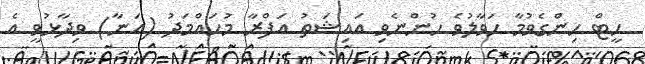
ހީޓް ހިންގެވުމާ ހަވާލުވެ ހުންނެވި އައިޝަތު އަފްރާ މުހައްމަދު (އަނާ) ވިދާޅުވީ އެ